Source: Handwritten
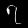
Digit: ၇ (7)